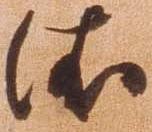
依